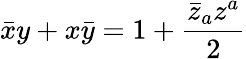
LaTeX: \bar{x}y+x\bar{y}=1+\frac{\bar{z}_{a}z^{a}}{2}